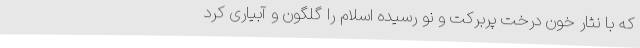
که با نثار خون درخت پربرکت و نو رسیده اسلام را گلگون و آبیاری کرد